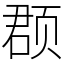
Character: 𫖳